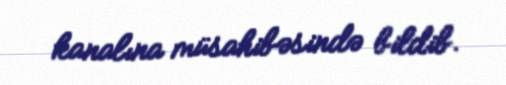
kanalına müsahibəsində bildib.